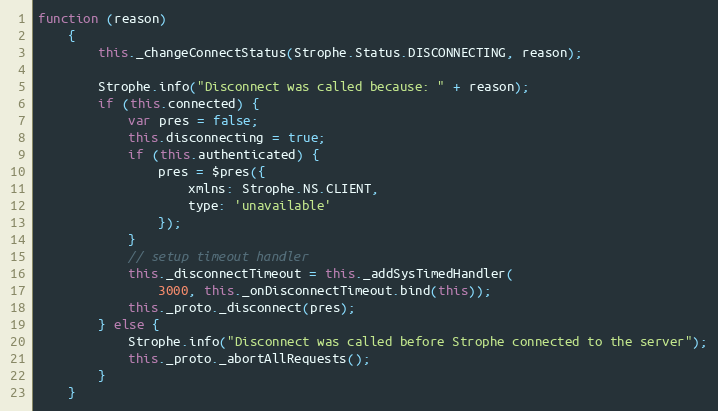
Language: JavaScript
function (reason)
    {
        this._changeConnectStatus(Strophe.Status.DISCONNECTING, reason);

        Strophe.info("Disconnect was called because: " + reason);
        if (this.connected) {
            var pres = false;
            this.disconnecting = true;
            if (this.authenticated) {
                pres = $pres({
                    xmlns: Strophe.NS.CLIENT,
                    type: 'unavailable'
                });
            }
            // setup timeout handler
            this._disconnectTimeout = this._addSysTimedHandler(
                3000, this._onDisconnectTimeout.bind(this));
            this._proto._disconnect(pres);
        } else {
            Strophe.info("Disconnect was called before Strophe connected to the server");
            this._proto._abortAllRequests();
        }
    }